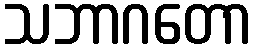
သဘာဂတော